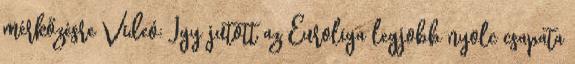
mérkőzésre Videó: Így jutott az Euroliga legjobb nyolc csapata